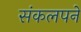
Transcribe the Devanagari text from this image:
संकलपने